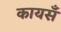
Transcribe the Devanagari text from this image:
कायसँ